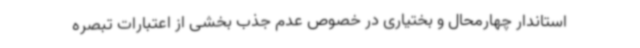
استاندار چهارمحال و بختیاری در خصوص عدم جذب بخشی از اعتبارات تبصره